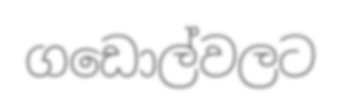
ගඩොල්වලට